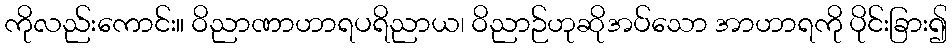
ကိုလည်းကောင်း။ ဝိညာဏာဟာရပရိညာယ၊ ဝိညာဉ်ဟုဆိုအပ်သော အာဟာရကို ပိုင်းခြား၍